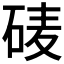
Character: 𰦽